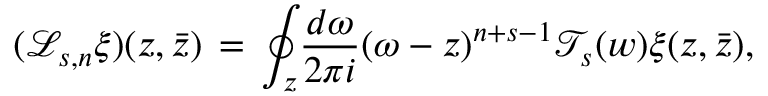
( \mathcal { L } _ { s , n } \xi ) ( z , \bar { z } ) \, = \, { \oint _ { z } } { \frac { d \omega } { 2 \pi i } { ( \omega - z ) } ^ { n + s - 1 } \mathcal { T } _ { s } ( w ) \xi ( z , \bar { z } ) } ,